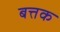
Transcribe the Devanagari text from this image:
बत्तक